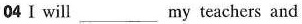
04Ⅰ will___my teachers and